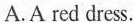
A. A red dress.